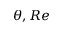
\theta , R e